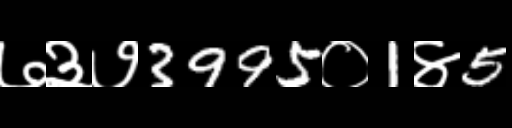
Text: ७३७3995०1४5